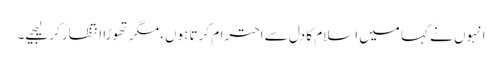
انہوں نے کہا میں اسلام کا دل سے احترام کرتا ہوں، مگر تھوڑا انتظار کر لیجیے۔